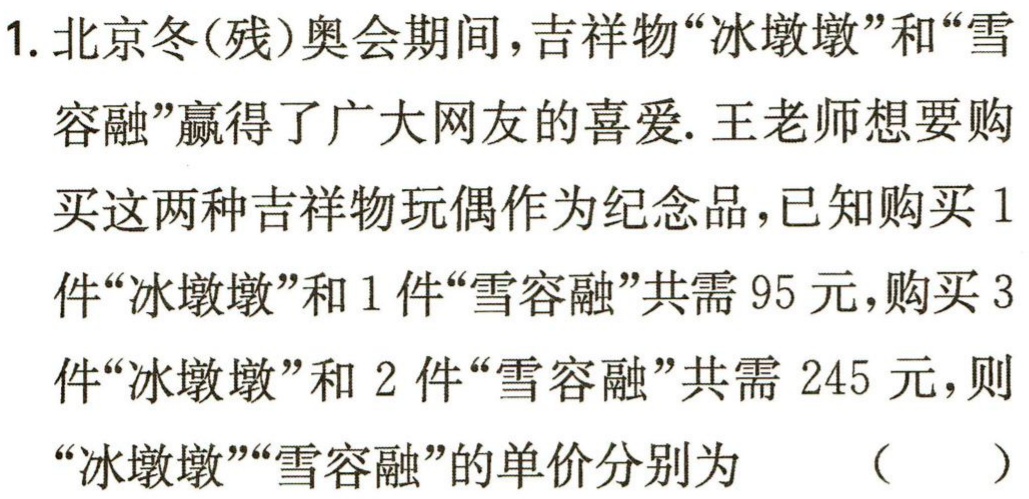
1. 北京冬(残)奥会期间，吉祥物“冰墩墩”和“雪

容融”赢得了广大网友的喜爱. 王老师想要购

买这两种吉祥物玩偶作为纪念品，已知购买 1

件“冰墩墩”和 1 件“雪容融”共需 95 元，购买 3

件“冰墩墩”和 2 件“雪容融”共需 245 元，则

“冰墩墩”“雪容融”的单价分别为 （  ）